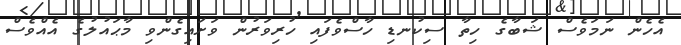
އެހެން ނަމަވެސް ޝަބާގެ ހިތާ ސިކުނޑި ހާސްވެފައި ހުރިވަރުން ވަށައިގެންވި މާޙައުލުގެ އެއްވެސް